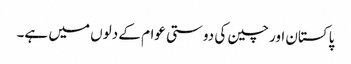
پاکستان اور چین کی دوستی عوام کے دلوں میں ہے۔